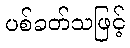
ပစ်ခတ်သဖြင့်